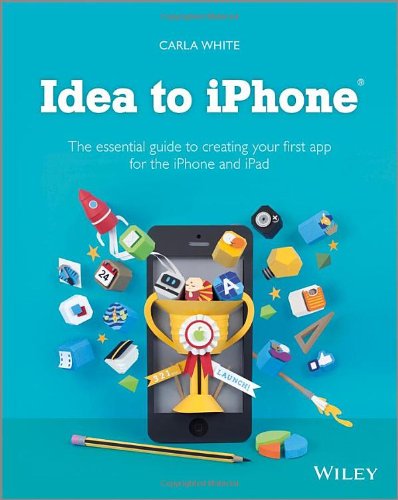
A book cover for Idea to iPhone: The essential guide to creating your first app for the iPhone and iPad; Carla White; Computers & Technology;